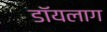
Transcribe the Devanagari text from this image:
डॉयलाग